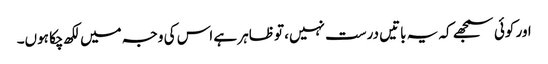
اور کوئی سمجھے کہ یہ باتیں درست نہیں، تو ظاہر ہے اس کی وجہ میں لکھ چکا ہوں۔